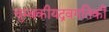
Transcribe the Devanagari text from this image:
चुम्बकीयद्रवगतिकी